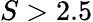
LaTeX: S>2.5